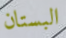
البستان